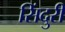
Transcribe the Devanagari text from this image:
सिंदुरी